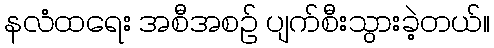
နလံထရေး အစီအစဉ် ပျက်စီးသွားခဲ့တယ်။